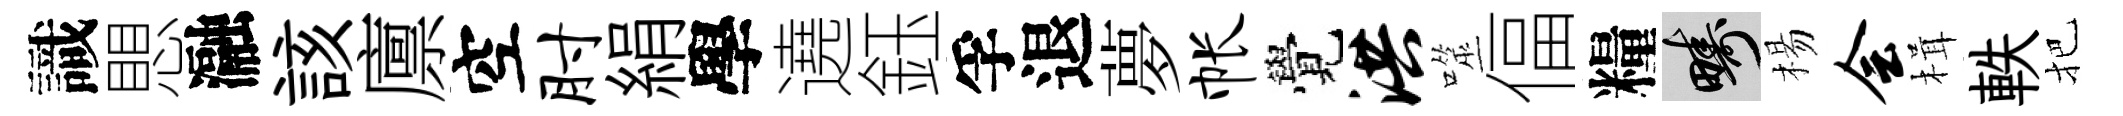
識愳瀜該廪空肘絹學遶鈺孚退夢帐覺洪噬偪糧疇楊会楫軼把